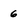
Character: 6